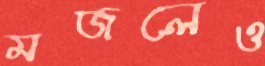
মজলেও